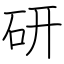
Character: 研